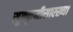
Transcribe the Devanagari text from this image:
सूत्रकृमीसारख्या